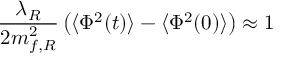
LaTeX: \frac { \lambda _ { R } } { 2 m _ { f , R } ^ { 2 } } \left( \langle \Phi ^ { 2 } ( t ) \rangle - \langle \Phi ^ { 2 } ( 0 ) \rangle \right) \approx 1